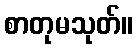
စာတုမသုတ်။